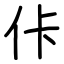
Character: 佧